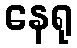
နေရု